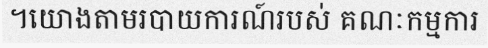
។យោងតាមរបាយការណ៍របស់ គណៈកម្មការ